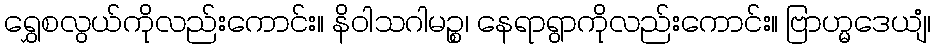
ရွှေစလွယ်ကိုလည်းကောင်း။ နိဝါသဂါမဉ္စ၊ နေရာရွာကိုလည်းကောင်း။ ဗြာဟ္မဒေယျံ၊